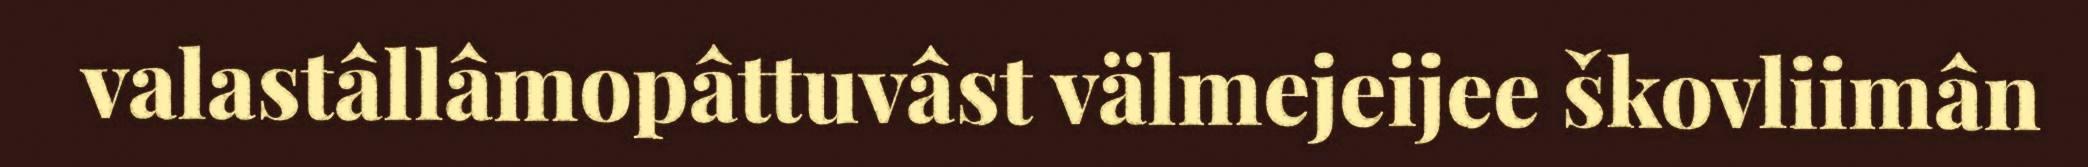
valastâllâmopâttuvâst välmejeijee škovliimân